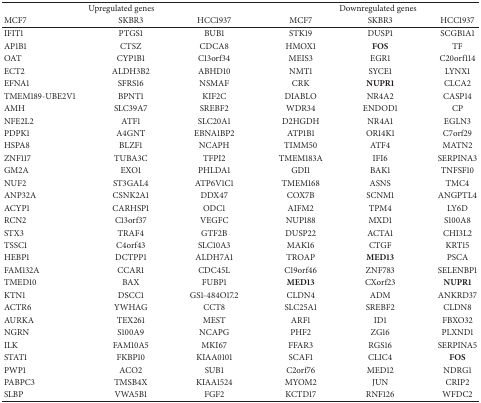
<table><thead><tr><td colspan="3"><b>Upregulated genes</b></td><td colspan="3"><b>Downregulated genes</b></td></tr><tr><td><b>MCF7</b></td><td><b>SKBR3</b></td><td><b>HCC1937</b></td><td><b>MCF7</b></td><td><b>SKBR3</b></td><td><b>HCC1937</b></td></tr></thead><tbody><tr><td>IFIT1</td><td>PTGS1</td><td>BUB1</td><td>STK19</td><td>DUSP1</td><td>SCGB1A1</td></tr><tr><td>AP1B1</td><td>CTSZ</td><td>CDCA8</td><td>HMOX1</td><td><b>FOS</b></td><td>TF</td></tr><tr><td>OAT</td><td>CYP1B1</td><td>C13orf34</td><td>MEIS3</td><td>EGR1</td><td>C20orf114</td></tr><tr><td>ECT2</td><td>ALDH3B2</td><td>ABHD10</td><td>NMT1</td><td>SYCE1</td><td>LYNX1</td></tr><tr><td>EFNA1</td><td>SFRS16</td><td>NSMAF</td><td>CRK</td><td><b>NUPR1</b></td><td>CLCA2</td></tr><tr><td>TMEM189-UBE2V1</td><td>BPNT1</td><td>KIF2C</td><td>DIABLO</td><td>NR4A2</td><td>CASP14</td></tr><tr><td>AMH</td><td>SLC39A7</td><td>SREBF2</td><td>WDR34</td><td>ENDOD1</td><td>CP</td></tr><tr><td>NFE2L2</td><td>ATF1</td><td>SLC20A1</td><td>D2HGDH</td><td>NR4A1</td><td>EGLN3</td></tr><tr><td>PDPK1</td><td>A4GNT</td><td>EBNA1BP2</td><td>ATP1B1</td><td>OR14K1</td><td>C7orf29</td></tr><tr><td>HSPA8</td><td>BLZF1</td><td>NCAPH</td><td>TIMM50</td><td>ATF4</td><td>MATN2</td></tr><tr><td>ZNF117</td><td>TUBA3C</td><td>TFPI2</td><td>TMEM183A</td><td>IFI6</td><td>SERPINA3</td></tr><tr><td>GM2A</td><td>EXO1</td><td>PHLDA1</td><td>GDI1</td><td>BAK1</td><td>TNFSF10</td></tr><tr><td>NUF2</td><td>ST3GAL4</td><td>ATP6V1C1</td><td>TMEM168</td><td>ASNS</td><td>TMC4</td></tr><tr><td>ANP32A</td><td>CSNK2A1</td><td>DDX47</td><td>COX7B</td><td>SCNM1</td><td>ANGPTL4</td></tr><tr><td>ACYP1</td><td>CARHSP1</td><td>ODC1</td><td>AIFM2</td><td>TPM4</td><td>LY6D</td></tr><tr><td>RCN2</td><td>C13orf37</td><td>VEGFC</td><td>NUP188</td><td>MXD1</td><td>S100A8</td></tr><tr><td>STX3</td><td>TRAF4</td><td>GTF2B</td><td>DUSP22</td><td>ACTA1</td><td>CHI3L2</td></tr><tr><td>TSSC1</td><td>C4orf43</td><td>SLC10A3</td><td>MAK16</td><td>CTGF</td><td>KRT15</td></tr><tr><td>HEBP1</td><td>DCTPP1</td><td>ALDH7A1</td><td>TROAP</td><td><b>MED13</b></td><td>PSCA</td></tr><tr><td>FAM132A</td><td>CCAR1</td><td>CDC45L</td><td>C19orf46</td><td>ZNF783</td><td>SELENBP1</td></tr><tr><td>TMED10</td><td>BAX</td><td>FUBP1</td><td><b>MED13</b></td><td>CXorf23</td><td><b>NUPR1</b></td></tr><tr><td>KTN1</td><td>DSCC1</td><td>GS1-484O17.2</td><td>CLDN4</td><td>ADM</td><td>ANKRD37</td></tr><tr><td>ACTR6</td><td>YWHAG</td><td>CCT8</td><td>SLC25A1</td><td>SREBF2</td><td>CLDN8</td></tr><tr><td>AURKA</td><td>TEX261</td><td>MEST</td><td>ARF1</td><td>ID1</td><td>FBXO32</td></tr><tr><td>NGRN</td><td>S100A9</td><td>NCAPG</td><td>PHF2</td><td>ZG16</td><td>PLXND1</td></tr><tr><td>ILK</td><td>FAM10A5</td><td>MKI67</td><td>FFAR3</td><td>RGS16</td><td>SERPINA5</td></tr><tr><td>STAT1</td><td>FKBP10</td><td>KIAA0101</td><td>SCAF1</td><td>CLIC4</td><td><b>FOS</b></td></tr><tr><td>PWP1</td><td>ACO2</td><td>SUB1</td><td>C2orf76</td><td>MED12</td><td>NDRG1</td></tr><tr><td>PABPC3</td><td>TMSB4X</td><td>KIAA1524</td><td>MYOM2</td><td>JUN</td><td>CRIP2</td></tr><tr><td>SLBP</td><td>VWA5B1</td><td>FGF2</td><td>KCTD17</td><td>RNF126</td><td>WFDC2</td></tr></tbody></table>